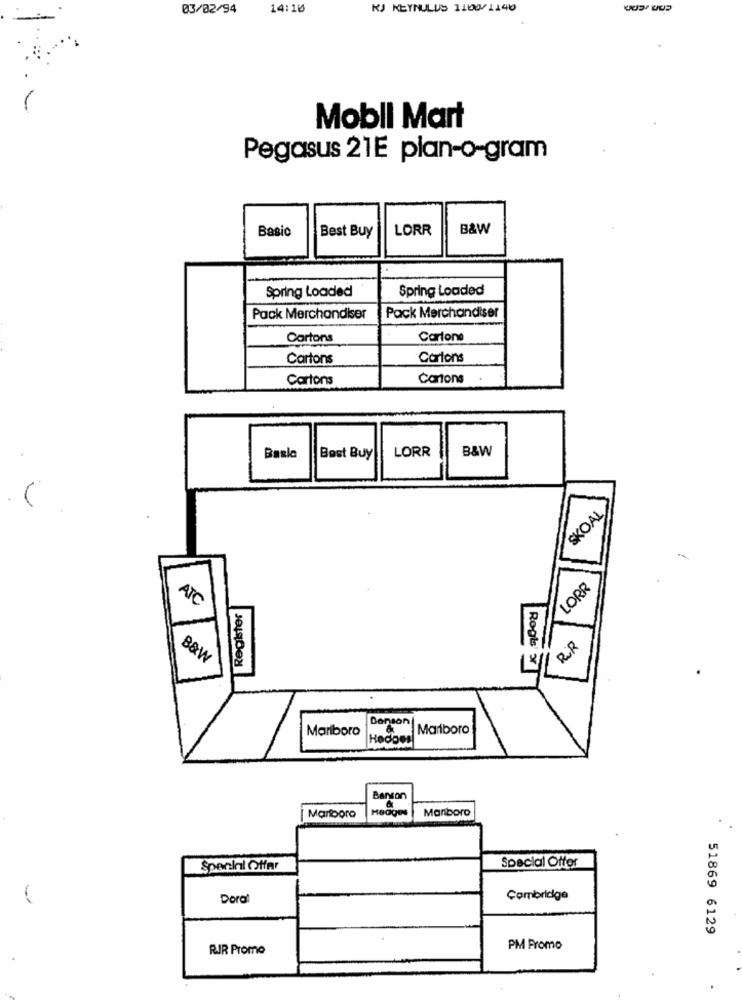
03/02/94
14:16
KJ KEYNULUS 1100/1140
Mobil Mart
Pegasus 21E plan-o-gram
Basic
Best Buy
LORR
B&W
Spring Loaded
Spring Loaded
Pack Merchandiser
Pack Merchandiser
Cortons
Cartone
Cartons
Cartons
Cartons
Cartons
LORR
B&W
Basla
Best Buy
SKOAL
LORR
ATO
Register
R.R
B&W
Rogb x
Danson
Mariboro
. Mariboro
Hedoes
Barvon
Hedges
&
Manboro
Marlboro
Special Offer
Special Offer
Dora
Cambridge
51869 6129
RJR Promo
PM Fromo